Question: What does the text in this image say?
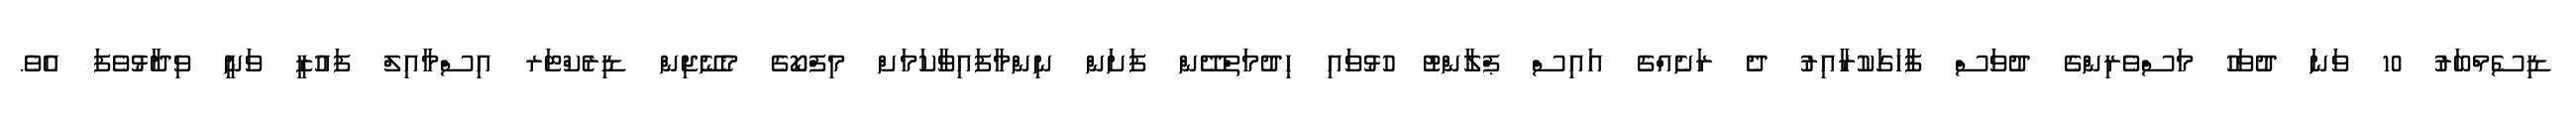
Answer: ޑިސެމްބަރު 10 ވަނަ ދުވަހު މަސްވެރިންގެ ދުވަސް ފާހަގަކުރާއިރު ދެ ރަށެއްގެ އައިސް ޕްލާންޓު ހުޅުވައި ހިދުމަތްދޭން ފަށަން ނިންމާފައިވާކަމަށް މިފްކޯގެ މެނޭޖިން ޑިރެކްޓަރ އިސްމާއިލް ފައުޒީ ވަނީ ވިދާޅުވެފަ އެވެ.